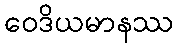
ဝေဒိယမာနဿ